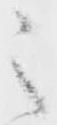
之